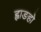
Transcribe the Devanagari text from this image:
ह्वाङहो